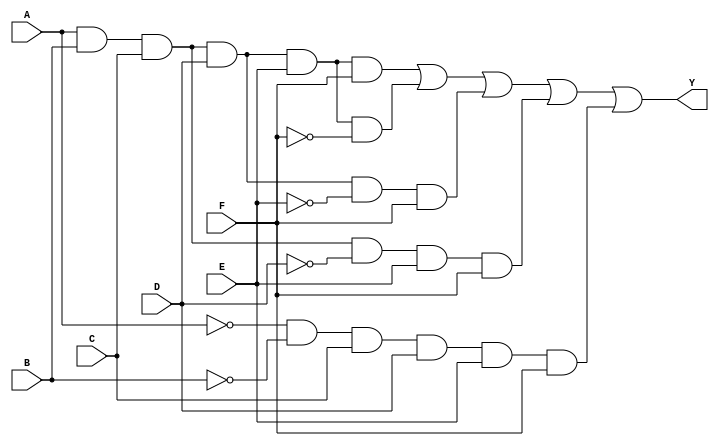
module KMap6Variable (
    input wire A,   // Variable A
    input wire B,   // Variable B
    input wire C,   // Variable C
    input wire D,   // Variable D
    input wire E,   // Variable E
    input wire F,   // Variable F
    output wire Y   // Output Y
);

// K-map Logic (example implementation)
// Assuming minterms that yield output Y = 1
// You should replace the conditions with the actual minterms from your K-map
assign Y = (A & B & C & D & E & F) |  // minterm for A=1, B=1, C=1, D=1, E=1, F=1
           (A & B & C & D & E & ~F) | // minterm for A=1, B=1, C=1, D=1, E=1, F=0
           (A & B & C & D & ~E & F) | // minterm for A=1, B=1, C=1, D=1, E=0, F=1
           (A & B & C & ~D & E & F) | // minterm for A=1, B=1, C=0, D=1, E=1, F=1
           (~A & ~B & C & D & E & F); // minterm for A=0, B=0, C=1, D=1, E=1, F=1

endmodule